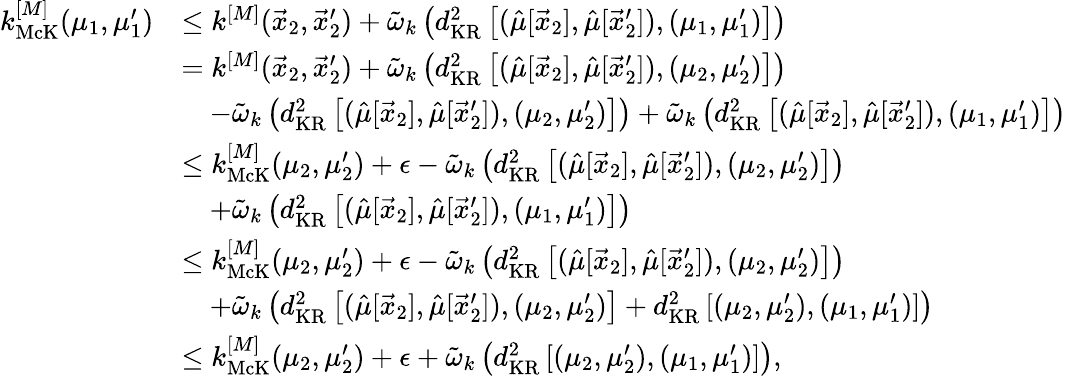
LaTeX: \begin{array}{rl}{k_{\mathrm{McK}}^{[M]}(\mu_{1},\mu_{1}^{\prime})}&{\leq k^{[M]}(\vec{x}_{2},\vec{x}_{2}^{\prime})+\tilde{\omega}_{k}\left(d_{\mathrm{KR}}^{2}\left[(\hat{\mu}[\vec{x}_{2}],\hat{\mu}[\vec{x}_{2}^{\prime}]),(\mu_{1},\mu_{1}^{\prime})\right]\right)}\\ &{=k^{[M]}(\vec{x}_{2},\vec{x}_{2}^{\prime})+\tilde{\omega}_{k}\left(d_{\mathrm{KR}}^{2}\left[(\hat{\mu}[\vec{x}_{2}],\hat{\mu}[\vec{x}_{2}^{\prime}]),(\mu_{2},\mu_{2}^{\prime})\right]\right)}\\ &{\quad-\tilde{\omega}_{k}\left(d_{\mathrm{KR}}^{2}\left[(\hat{\mu}[\vec{x}_{2}],\hat{\mu}[\vec{x}_{2}^{\prime}]),(\mu_{2},\mu_{2}^{\prime})\right]\right)+\tilde{\omega}_{k}\left(d_{\mathrm{KR}}^{2}\left[(\hat{\mu}[\vec{x}_{2}],\hat{\mu}[\vec{x}_{2}^{\prime}]),(\mu_{1},\mu_{1}^{\prime})\right]\right)}\\ &{\leq k_{\mathrm{McK}}^{[M]}(\mu_{2},\mu_{2}^{\prime})+\epsilon-\tilde{\omega}_{k}\left(d_{\mathrm{KR}}^{2}\left[(\hat{\mu}[\vec{x}_{2}],\hat{\mu}[\vec{x}_{2}^{\prime}]),(\mu_{2},\mu_{2}^{\prime})\right]\right)}\\ &{\quad+\tilde{\omega}_{k}\left(d_{\mathrm{KR}}^{2}\left[(\hat{\mu}[\vec{x}_{2}],\hat{\mu}[\vec{x}_{2}^{\prime}]),(\mu_{1},\mu_{1}^{\prime})\right]\right)}\\ &{\leq k_{\mathrm{McK}}^{[M]}(\mu_{2},\mu_{2}^{\prime})+\epsilon-\tilde{\omega}_{k}\left(d_{\mathrm{KR}}^{2}\left[(\hat{\mu}[\vec{x}_{2}],\hat{\mu}[\vec{x}_{2}^{\prime}]),(\mu_{2},\mu_{2}^{\prime})\right]\right)}\\ &{\quad+\tilde{\omega}_{k}\left(d_{\mathrm{KR}}^{2}\left[(\hat{\mu}[\vec{x}_{2}],\hat{\mu}[\vec{x}_{2}^{\prime}]),(\mu_{2},\mu_{2}^{\prime})\right]+d_{\mathrm{KR}}^{2}\left[(\mu_{2},\mu_{2}^{\prime}),(\mu_{1},\mu_{1}^{\prime})\right]\right)}\\ &{\leq k_{\mathrm{McK}}^{[M]}(\mu_{2},\mu_{2}^{\prime})+\epsilon+\tilde{\omega}_{k}\left(d_{\mathrm{KR}}^{2}\left[(\mu_{2},\mu_{2}^{\prime}),(\mu_{1},\mu_{1}^{\prime})\right]\right),}\end{array}